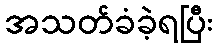
အသတ်ခံခဲ့ရပြီး